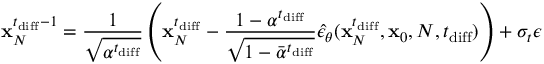
\mathbf { x } _ { N } ^ { t _ { \mathrm { d i f f } } - 1 } = \frac { 1 } { \sqrt { \alpha ^ { t _ { \mathrm { d i f f } } } } } \left( \mathbf { x } _ { N } ^ { t _ { \mathrm { d i f f } } } - \frac { 1 - \alpha ^ { t _ { \mathrm { d i f f } } } } { \sqrt { 1 - \bar { \alpha } ^ { t _ { \mathrm { d i f f } } } } } \hat { \epsilon } _ { \theta } ( \mathbf { x } _ { N } ^ { t _ { \mathrm { d i f f } } } , \mathbf { x } _ { 0 } , N , t _ { \mathrm { d i f f } } ) \right) + \sigma _ { t } \epsilon